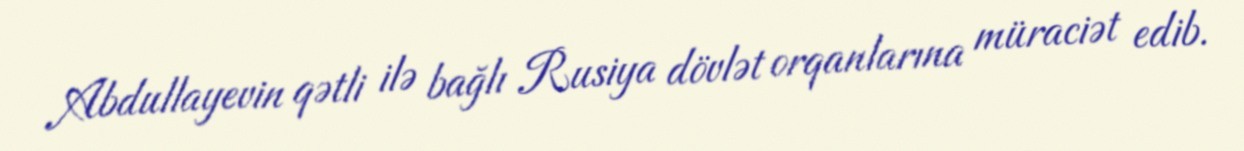
Abdullayevin qətli ilə bağlı Rusiya dövlət orqanlarına müraciət edib.